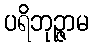
ပရိဘုဉ္ဇာမ